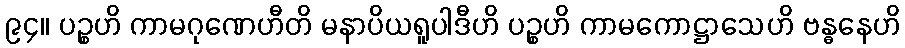
၉၄။ ပဉ္စဟိ ကာမဂုဏေဟီတိ မနာပိယရူပါဒီဟိ ပဉ္စဟိ ကာမကောဋ္ဌာသေဟိ ဗန္ဓနေဟိ